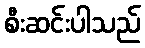
စီးဆင်းပါသည်